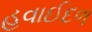
હવાઈદળ